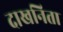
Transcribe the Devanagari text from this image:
दाखनिता